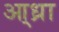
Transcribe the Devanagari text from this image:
आ्ध्रा